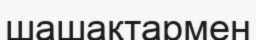
шашақтармен